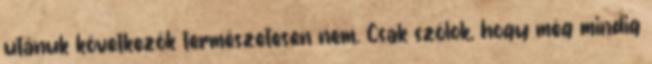
utánuk következők természetesen nem. Csak szólok, hogy még mindig